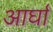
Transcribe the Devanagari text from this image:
आर्घा